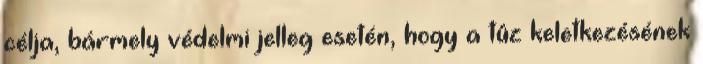
célja, bármely védelmi jelleg esetén, hogy a tûz keletkezésének